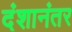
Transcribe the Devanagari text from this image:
दंशानंतर